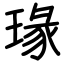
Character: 瑑